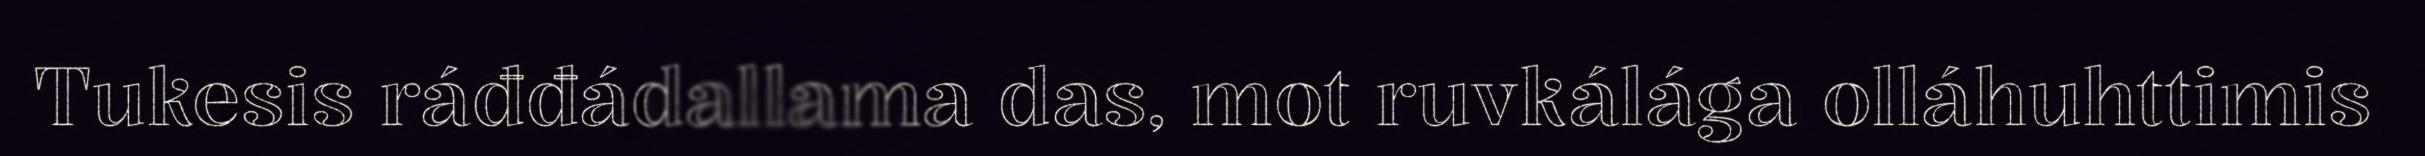
Tukesis ráđđádallama das, mot ruvkálága olláhuhttimis